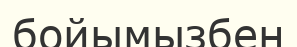
бойымызбен